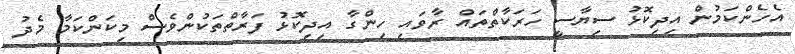
އެހެންކަމުން އިދިކޮޅު ސިޔާސީ ހަރަކާތްތައް ރާވައި ހިންގާ އިދިކޮޅު ފަރާތްތަކުންވެސް މިކަންކަމާ މެދު